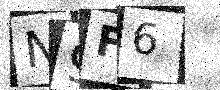
Text: N9F6